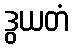
ဒွယတံ